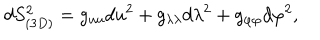
LaTeX: d S _ { ( 3 D ) } ^ { 2 } = g _ { u u } d u ^ { 2 } + g _ { \lambda \lambda } d \lambda ^ { 2 } + g _ { \varphi \varphi } d \varphi ^ { 2 } ,